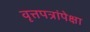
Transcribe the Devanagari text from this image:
वृत्तपत्रांपेक्षा